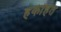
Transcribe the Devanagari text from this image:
हकीहत